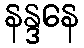
နန္ဒနေ